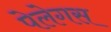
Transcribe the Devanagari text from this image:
पेलेगस